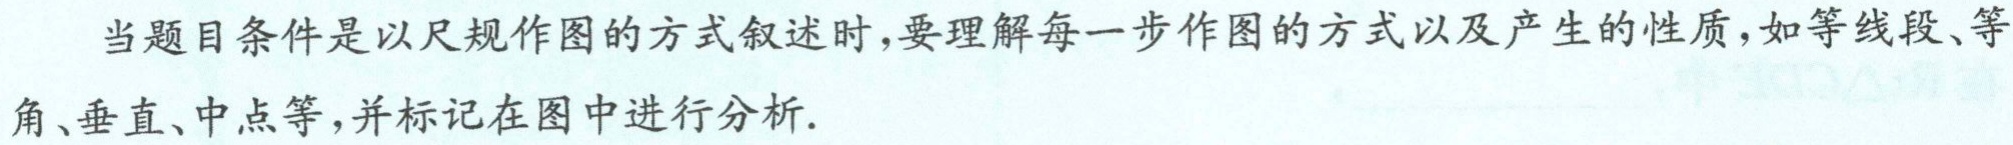
当题目条件是以尺规作图的方式叙述时,要理解每一步作图的方式以及产生的性质,如等线段、等角、垂直、中点等,并标记在图中进行分析.